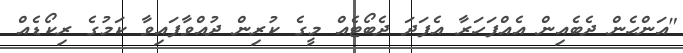
"އަންހެން ދެބެއިން އެއްފަހަރާ އެފަދަ ދެބޯޓެއް މީގެ ކުރިން ދުއްވާފައިވާ ކަމުގެ ރިކޯޑެއް